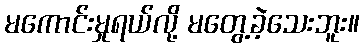
မကောင်းမှုရယ်လို့ မတွေ့ခဲ့သေးဘူး။